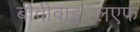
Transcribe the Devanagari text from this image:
बीवीवाइएलएफ